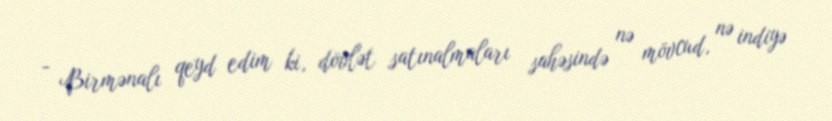
- Birmənalı qeyd edim ki, dövlət satınalmaları sahəsində nə mövcud, nə indiyə